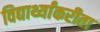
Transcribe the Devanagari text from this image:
विद्यार्थ्यांकरीता